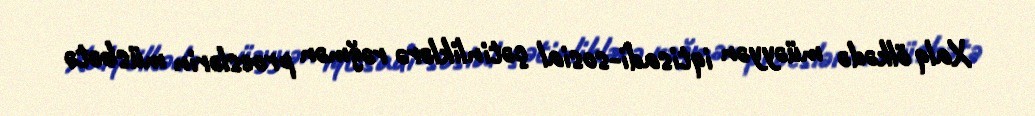
Xalq ölkədə müəyyən iqtisadi-sosial çətinliklərə rəğmən proeslərin müsbətə